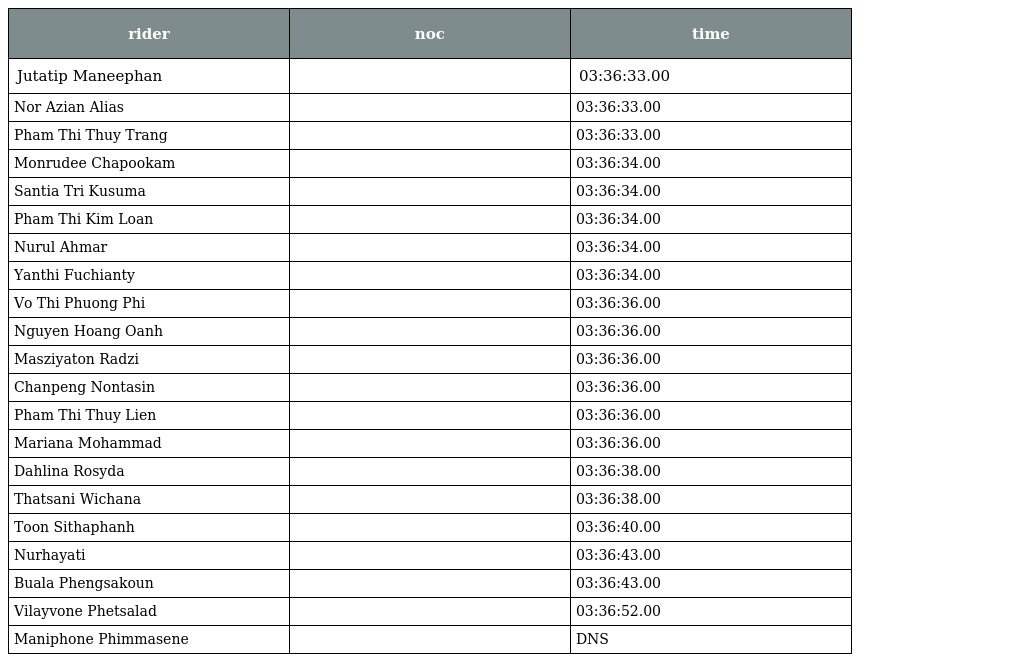
| rider | noc | time |
 | --- | --- | --- |
 | Jutatip Maneephan |  | 03:36:33.00 |
 | Nor Azian Alias |  | 03:36:33.00 |
 | Pham Thi Thuy Trang |  | 03:36:33.00 |
 | Monrudee Chapookam |  | 03:36:34.00 |
 | Santia Tri Kusuma |  | 03:36:34.00 |
 | Pham Thi Kim Loan |  | 03:36:34.00 |
 | Nurul Ahmar |  | 03:36:34.00 |
 | Yanthi Fuchianty |  | 03:36:34.00 |
 | Vo Thi Phuong Phi |  | 03:36:36.00 |
 | Nguyen Hoang Oanh |  | 03:36:36.00 |
 | Masziyaton Radzi |  | 03:36:36.00 |
 | Chanpeng Nontasin |  | 03:36:36.00 |
 | Pham Thi Thuy Lien |  | 03:36:36.00 |
 | Mariana Mohammad |  | 03:36:36.00 |
 | Dahlina Rosyda |  | 03:36:38.00 |
 | Thatsani Wichana |  | 03:36:38.00 |
 | Toon Sithaphanh |  | 03:36:40.00 |
 | Nurhayati |  | 03:36:43.00 |
 | Buala Phengsakoun |  | 03:36:43.00 |
 | Vilayvone Phetsalad |  | 03:36:52.00 |
 | Maniphone Phimmasene |  | DNS |